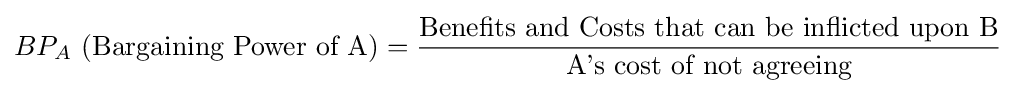
BP_{A}{\text{ (Bargaining Power of A)}}={\frac {\text{Benefits and Costs that can be inflicted upon B}}{\text{A's cost of not agreeing}}}